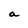
Character: a